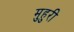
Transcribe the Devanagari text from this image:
मुहुरी